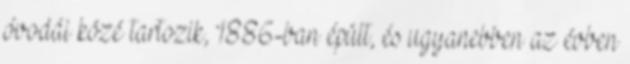
óvodái közé tartozik, 1886-ban épült, és ugyanebben az évben